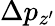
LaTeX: \Delta p_{z^{\prime}}